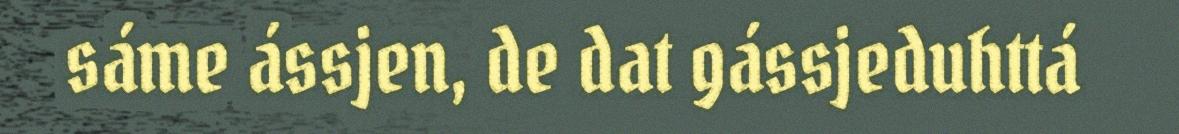
sáme ássjen, de dat gássjeduhttá